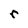
Character: r